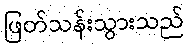
ဖြတ်သန်းသွားသည်